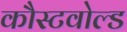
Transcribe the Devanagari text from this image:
कौस्टवोल्ड